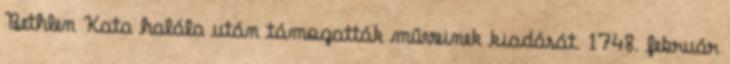
Bethlen Kata halála után támogatták műveinek kiadását. 1748. február